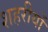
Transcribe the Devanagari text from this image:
शहरीयों